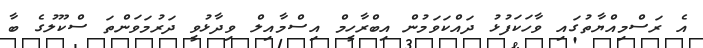
އެ ރަސްމިއްޔާތުގައި ވާހަކަފުޅު ދައްކަވަމުން އިބްރާހީމް އިސްމާއިލް ވިދާޅުވީ ދަރުމަވަންތަ ސްކޫލުގެ ބާ